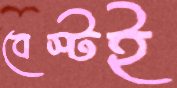
বেস্টই